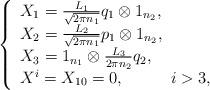
LaTeX: \begin{align*} \left\{ \begin{array}{lll}X_1= \frac{L_1}{\sqrt{2\pi n_1}}q_1\otimes 1_{n_{2}},\\ X_{2}=\frac{L_2}{\sqrt{2\pi n_1}}p_1\otimes 1_{n_{2}}, \\ X_{3}=1_{n_{1}}\otimes \frac{L_3}{2\pi n_2}q_2,\\X^i =X_{10}=0, \;\;\;\;\;\;\;\;\;\; i > 3, \end{array}\right.\end{align*}